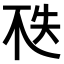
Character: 𠀶